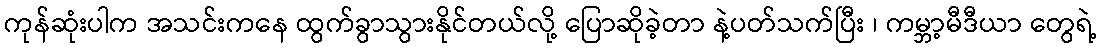
ကုန်ဆုံးပါက အသင်းကနေ ထွက်ခွာသွားနိုင်တယ်လို့ ပြောဆိုခဲ့တာ နဲ့ပတ်သက်ပြီး ၊ ကမ္ဘာ့မီဒီယာ တွေရဲ့